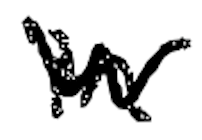
Text: in
Cross-out: zig-zag
Writing tool: digital_black